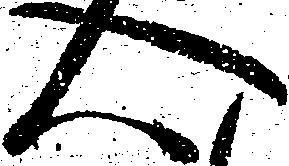
心